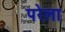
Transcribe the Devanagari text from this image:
परेला